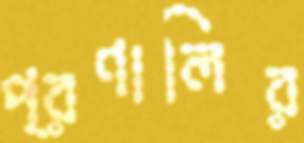
প্রণালির